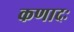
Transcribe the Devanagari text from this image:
कणादः